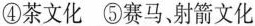
④茶文化 ⑤赛马、射箭文化